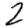
Digit: 2